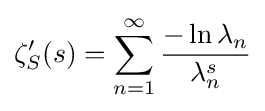
\zeta _{S}'(s)=\sum _{n=1}^{\infty }{\frac {-\ln \lambda _{n}}{\lambda _{n}^{s}}}